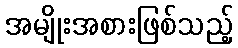
အမျိုးအစားဖြစ်သည့်